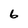
Character: 6